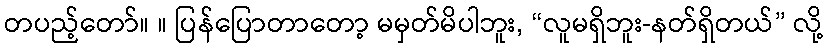
တပည့်တော်။ ။ ပြန်ပြောတာတော့ မမှတ်မိပါဘူး, “လူမရှိဘူး-နတ်ရှိတယ်” လို့